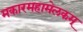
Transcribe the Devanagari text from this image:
मकारमहामेलकम्